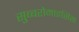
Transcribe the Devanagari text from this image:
सुब्बरोमाइसिस